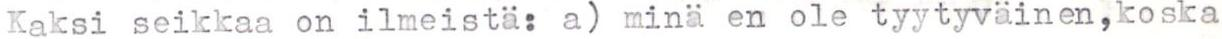
Kaksi seikkaa on ilmeistä: a) minä en ole tyytyväinen,koska